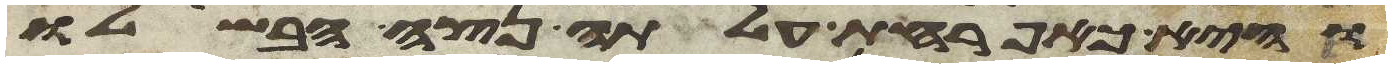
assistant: והיא כאפרחת עלתה נצה הבשילו